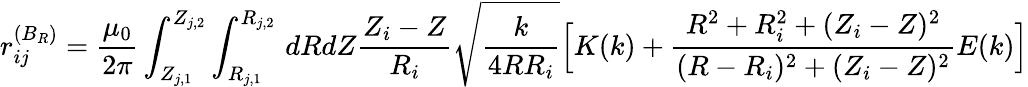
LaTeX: r_{ij}^{(B_{R})}=\frac{\mu_{0}}{2\pi}\int_{Z_{j,1}}^{Z_{j,2}}\int_{R_{j,1}}^{R_{j,2}}\, dRdZ\frac{Z_{i}-Z}{R_{i}}\sqrt{\frac{k}{4RR_{i}}}\Big[K(k)+\frac{R^{2}+R_{i}^{2}+(Z_{i}-Z)^{2}}{(R-R_{i})^{2}+(Z_{i}-Z)^{2}}E(k)\Big]